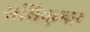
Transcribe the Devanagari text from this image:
ससिकुमार